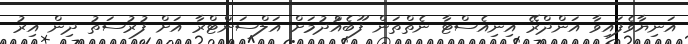
އަނިޔާވެފައިވާ އަންދްރޭ އިނިއެސްޓާ ނެތްތަން ފޫބެއްުދުމަށް އަލްސަންޓްރާ އަށް ފުރުސަތު ދިން އިރު